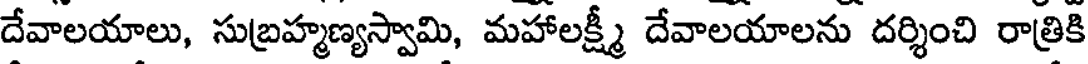
దేవాలయాలు, సుబ్రహ్మణ్యస్వామి, మహాలక్ష్మీ దేవాలయాలను దర్శించి రాత్రికి